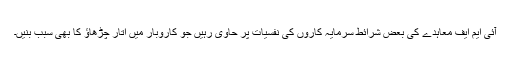
آئی ایم ایف معاہدے کی بعض شرائط سرمایہ کاروں کی نفسیات پر حاوی رہیں جو کاروبار میں اتار چڑھاؤ کا بھی سبب بنیں۔